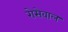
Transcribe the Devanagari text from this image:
रोसेवाल